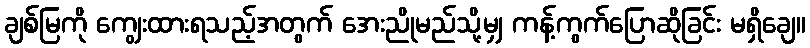
ချစ်မြကို ကျွေးထားရသည့်အတွက် အေးညိုမည်သို့မျှ ကန့်ကွက်ပြောဆိုခြင်း မရှိချေ။